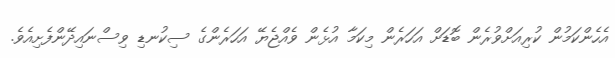
އެހެންކަމުން ކުރިއަށްވުރެން ބޮޑަށް އަހަރެން މިކަމާ އުޅެން ވެއްޖެޔޭ އަހަރެންގެ ސިކުނޑި ވިސްނައިދޭންފެށިއެވެ.